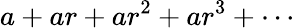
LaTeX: a+ar+ar^{2}+ar^{3}+\cdots